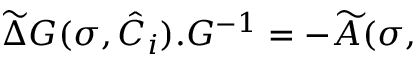
\widetilde { \Delta } G ( \sigma , { \hat { \cal { C } } } _ { i } ) . G ^ { - 1 } = - \widetilde { A } ( \sigma ,